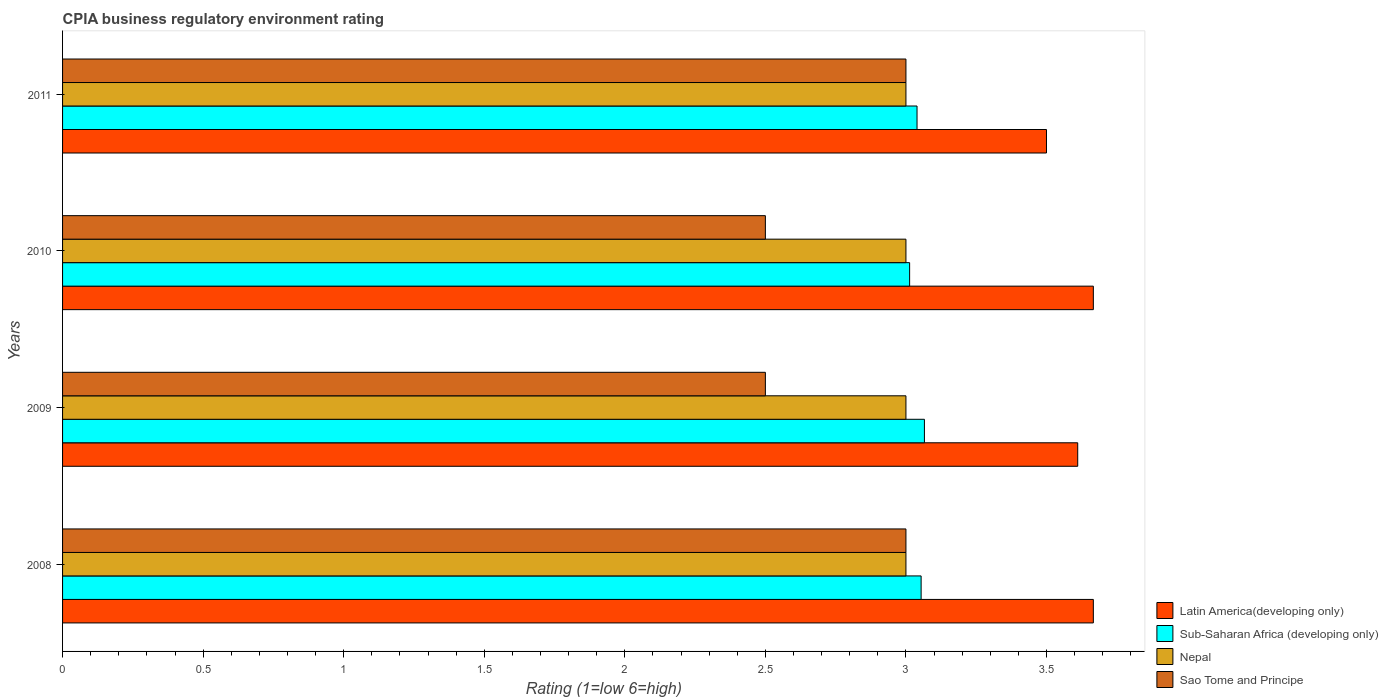
| Years | Latin America(developing only) | Sub-Saharan Africa (developing only) | Nepal | Sao Tome and Principe |
 | --- | --- | --- | --- | --- |
 | 2008 | 3.67 | 3.05 | 3 | 3 |
 | 2009 | 3.61 | 3.07 | 3 | 2.5 |
 | 2010 | 3.67 | 3.01 | 3 | 2.5 |
 | 2011 | 3.5 | 3.04 | 3 | 3 |